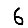
Digit: 6